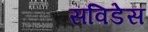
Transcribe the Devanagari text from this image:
सविडेस